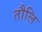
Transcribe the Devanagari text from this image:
तौलि